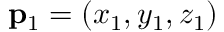
\mathbf { p } _ { 1 } = ( x _ { 1 } , y _ { 1 } , z _ { 1 } )